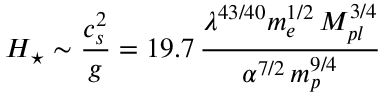
H _ { \star } \sim \frac { c _ { s } ^ { 2 } } { g } = 1 9 . 7 \, \frac { \lambda ^ { 4 3 / 4 0 } m _ { e } ^ { 1 / 2 } \, M _ { p l } ^ { 3 / 4 } } { \alpha ^ { 7 / 2 } \, m _ { p } ^ { 9 / 4 } }